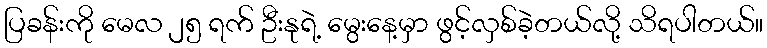
ပြခန်းကို မေလ ၂၅ ရက် ဦးနုရဲ့ မွေးနေ့မှာ ဖွင့်လှစ်ခဲ့တယ်လို့ သိရပါတယ်။